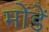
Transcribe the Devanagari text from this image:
मोंडें